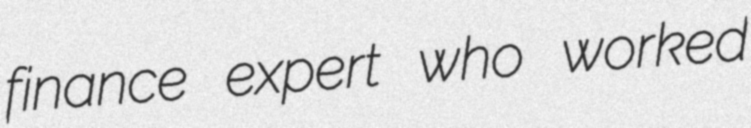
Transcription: finance expert who worked